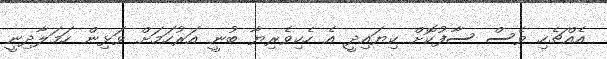
އެއްޗެހި ވެސް ސާފުކޮށް ކިޔައިދީ އެ ހެކިވެރިޔާ ބުނީ އަރުހަމަށް ވަޅިން ހަމަލާދިނީ